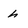
Character: h